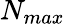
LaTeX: N_{max}